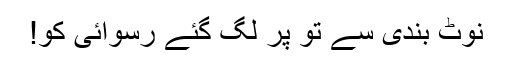
نوٹ بندی سے تو پر لگ گئے رسوائی کو!